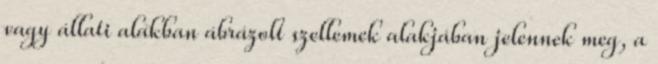
vagy állati alakban ábrázolt szellemek alakjában jelennek meg, a